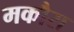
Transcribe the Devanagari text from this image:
मकौरा